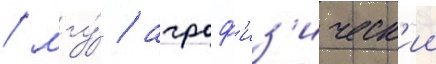
/ мгу́ / агроф'из'ическ'ии